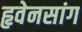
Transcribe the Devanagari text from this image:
हृवेनसांग